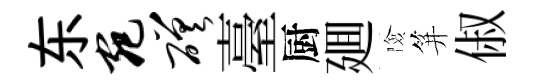
东宛磋臺厨廽險笄俶